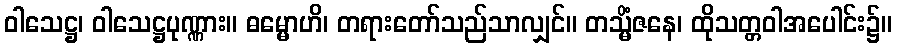
ဝါသေဋ္ဌ၊ ဝါသေဋ္ဌပုဏ္ဏား။ ဓမ္မောဟိ၊ တရားတော်သည်သာလျှင်။ တသ္မိံဇနေ၊ ထိုသတ္တဝါအပေါင်း၌။